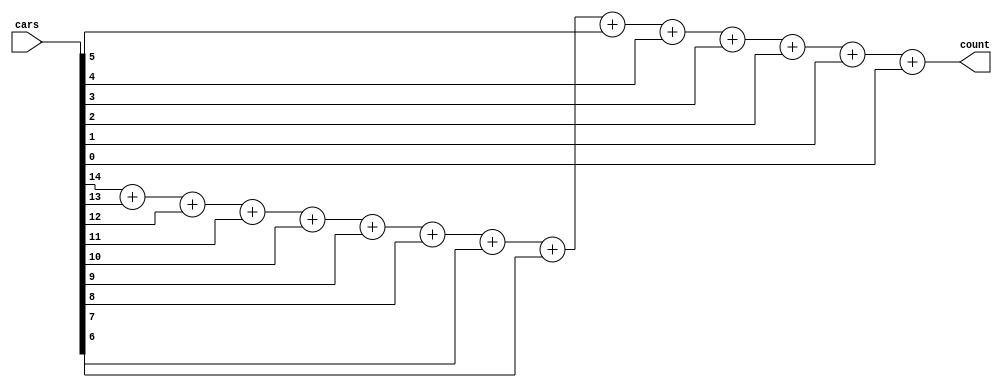



module parking_system(
    output reg[3:0]count,
    input [14:0]cars
    );
    
    always@*
    begin
         count=cars[14]+cars[13]+cars[12]+cars[11]+cars[10]+cars[9]+cars[8]+cars[7]+cars[6]+cars[5]+cars[4]+cars[3]+cars[2]+cars[1]+cars[0];
    end
endmodule